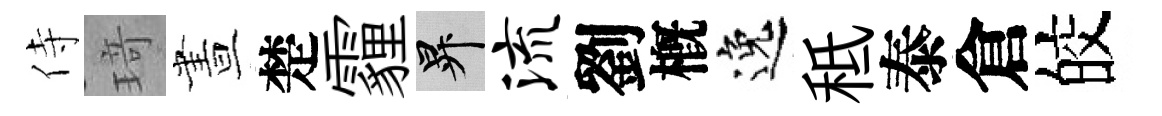
侍𤦺晝楚霾升流劉槪逸秪泰倉皎